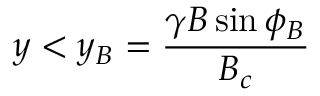
y < y _ { B } = { \frac { \gamma B \sin { \phi _ { B } } } { B _ { c } } }